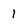
Character: 1